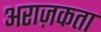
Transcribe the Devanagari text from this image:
अराज़कता